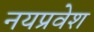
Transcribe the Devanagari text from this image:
नयप्रवेश